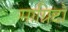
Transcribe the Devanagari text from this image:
माग्निटो